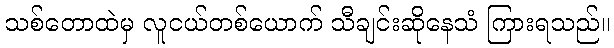
သစ်တောထဲမှ လူငယ်တစ်ယောက် သီချင်းဆိုနေသံ ကြားရသည်။